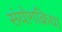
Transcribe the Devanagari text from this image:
संयोगक्रिया